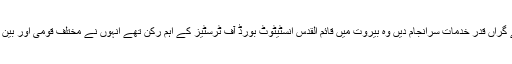
مرحوم نے پاکستانی عوام کو مسئلہ فلسطین سے روشناس کرانے کے لیے گراں قدر خدمات سرانجام دیں وہ بیروت میں قائم القدس انسٹیٹوٹ بورڈ آف ٹرسٹیز کے اہم رکن تھے انہوں نے مختلف قومی اور بین الاقوامی پلیٹ فارمز پر مظلوم فلسطینیوں کے حق میں ہمیشہ آواز بلند کی۔